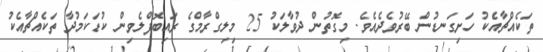
ތަކެއްޗާއެކު ހަށިގަނޑުން ބޭރުވެދެއެވެ. މިގޮތުން ދުވާލަކު 25 މިލިގްރާމްގެ ރައިބޮފްލެވިން ކުޑަކަމުދާ ތަކެއްޗާއެކު